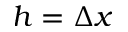
h = \Delta x